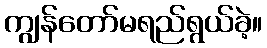
ကျွန်တော်မရည်ရွယ်ခဲ့။